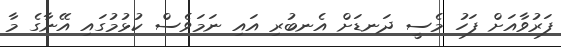
ފަރުވާއަށް ފަހު މެސީ ދަނޑަށް އެނބުރި އައި ނަމަވެސް ކުޅުމުގައި އޭނާގެ މާ